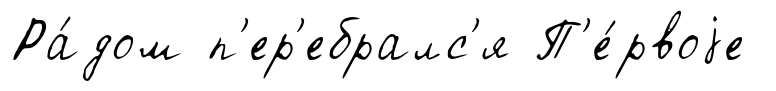
Ра́дом п'ер'ебралс'я П'е́рвоjе